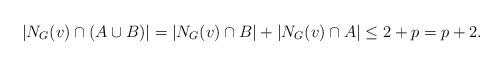
LaTeX: \begin{align*}|N_{G}(v)\cap(A\cup B)|=|N_{G}(v)\cap B|+|N_{G}(v)\cap A|\leq 2+p=p+2.\end{align*}